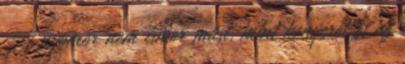
A nyomor nem ismer mást, mint kenyeret és az